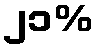
၂၁%